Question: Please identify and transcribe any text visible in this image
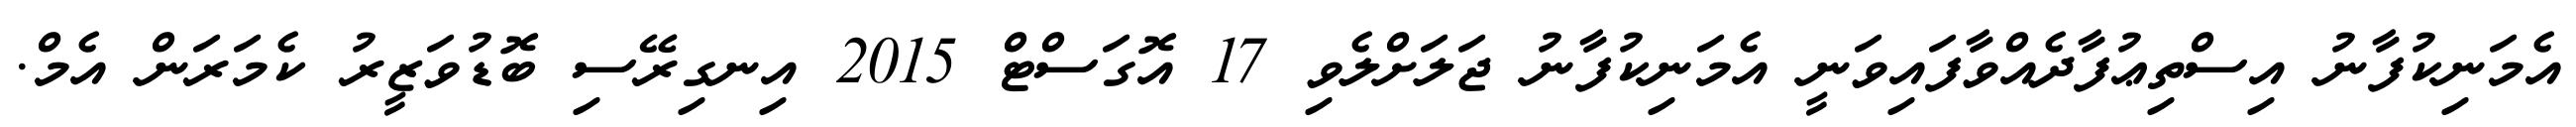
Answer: އެމަނިކުފާނު އިސްތިޢުފާދެއްވާފައިވަނީ އެމަނިކުފާނު ޖަލަށްލެވި 17 އޮގަސްޓް 2015 އިނގިރޭސި ބޮޑުވަޒީރު ކެމަރަން އެމް.